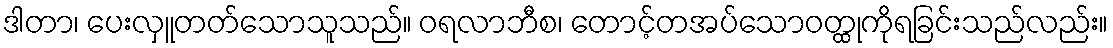
ဒါတာ၊ ပေးလှူတတ်သောသူသည်။ ဝရလာဘီစ၊ တောင့်တအပ်သောဝတ္ထုကိုရခြင်းသည်လည်း။